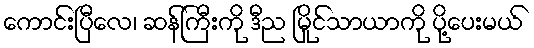
ကောင်းပြီလေ၊ ဆန်ကြီးကို ဒီည မြိုင်သာယာကို ပို့ပေးမယ်